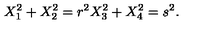
X _ { 1 } ^ { 2 } + X _ { 2 } ^ { 2 } = r ^ { 2 } X _ { 3 } ^ { 2 } + X _ { 4 } ^ { 2 } = s ^ { 2 } .